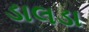
ડાલડા